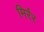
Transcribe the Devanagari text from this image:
मिर्रर